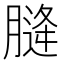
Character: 𮌨